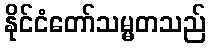
နိုင်ငံတော်သမ္မတသည်